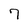
Character: 7